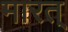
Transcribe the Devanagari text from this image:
मारत्